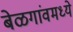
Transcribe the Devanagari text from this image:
बेळगांवमध्ये